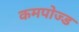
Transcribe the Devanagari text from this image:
कमपोज्ड